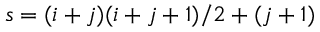
s = ( i + j ) ( i + j + 1 ) / 2 + ( j + 1 )